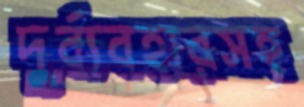
দুর্ব্যবহারসহ